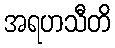
အရဟသီတိ